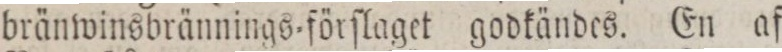
bränwinsbrännings=förſlaget godkändes. En af